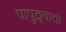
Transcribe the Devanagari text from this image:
पापुद्र्याचा